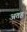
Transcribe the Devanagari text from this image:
अतह